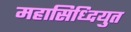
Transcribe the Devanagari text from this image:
महासिध्दियुत